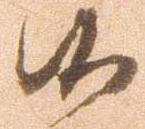
候